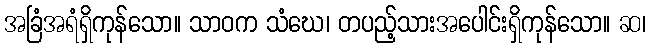
အခြံအရံရှိကုန်သော။ သာဝက သံဃေ၊ တပည့်သားအပေါင်းရှိကုန်သော။ ဆ၊